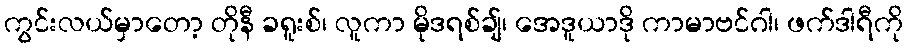
ကွင်းလယ်မှာတော့ တိုနီ ခရူးစ်၊ လူကာ မိုဒရစ်ချ်၊ အေဒူယာဒို ကာမာဗင်ဂါ၊ ဖက်ဒါရီကို